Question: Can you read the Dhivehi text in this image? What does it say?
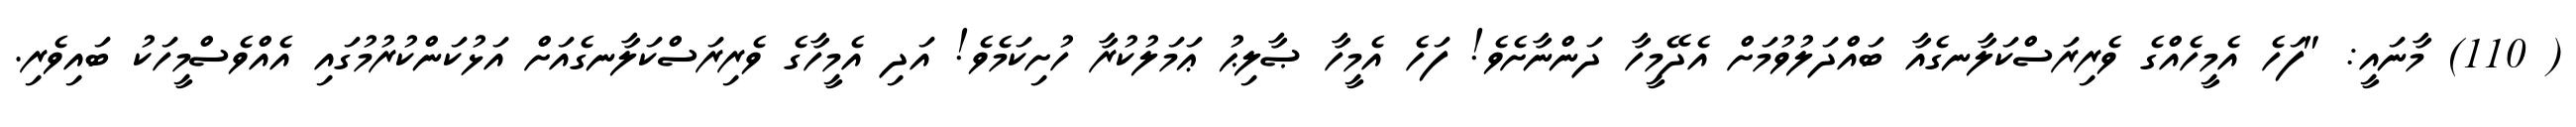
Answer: ( 110) މާނައީ: "ފަހެ އެމީހެއްގެ ވެރިރަސްކަލާނގެއާ ބައްދަލުވުމަށް އެދޭމީހާ ދަންނާށެވެ! ފަހެ އެމީހާ ޞާލިޙު ޢަމަލުކުރާ ހުށިކަމެވެ! އަދި އެމީހާގެ ވެރިރަސްކަލާނގެއަށް އަޅުކަންކުރުމުގައި އެއްވެސްމީހަކު ބައިވެރި.